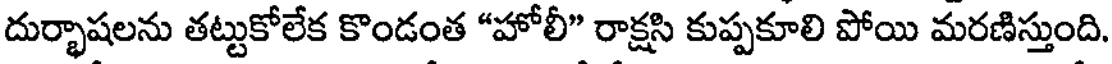
దుర్భాషలను తట్టుకోలేక కొండంత "హోలీ" రాక్షసి కుప్పకూలి పోయి మరణిస్తుంది.